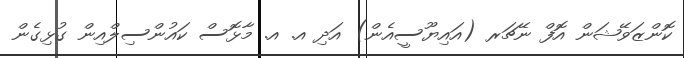
ކޮންޒަވޭޝަން އޮފް ނޭޗަރ (އައިޔޫސީއެން) އަދި އ. އ. މާޅޮސް ކައުންސިލްއިން ގުޅިގެން